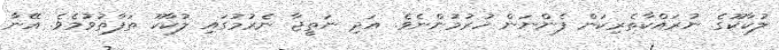
ލުކާކޫގެ ނުރައްކާތެރިކަން ފެންނަަން ހުރުމުންނެވެ. އަދި ނަތީޖާ ނެރުމުގައި ލުކާކޫ ތަފާތުވުމެވެ. އޭނާ